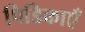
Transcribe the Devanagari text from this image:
पिडिकाएँ